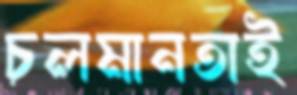
চলমানতাই